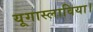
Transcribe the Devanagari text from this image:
यूगास्लाविया।